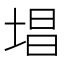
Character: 𪣧